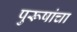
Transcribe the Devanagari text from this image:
पुरूषांचा